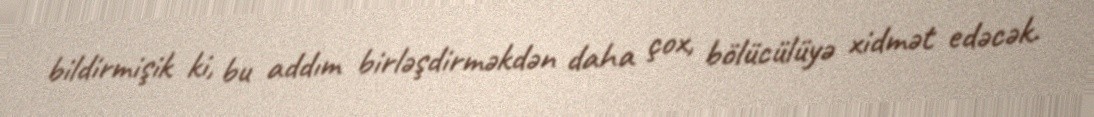
bildirmişik ki, bu addım birləşdirməkdən daha çox, bölücülüyə xidmət edəcək.